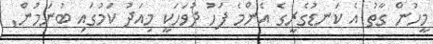
މީހުން ގާތު އެ ކަނޑުގެރީގެ އެންމެ ފަހު ދުވަހަކީ މިއަދު ކަމުގައި ބުނަމުން